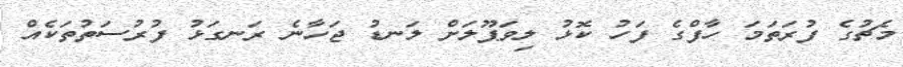
މެޗުގެ ފުރަތަމަ ހާފްގެ ފަހު ކޮޅު ލިވަޕޫލަށް ލަނޑު ޖަހާނެ ރަނގަޅު ފުރުސަތުތަކެއް